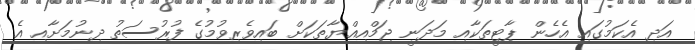
އަދި އެކަމުގައި އެހެން ޕާޓީތަކާއި މަދަނީ ޖަމްއިއްޔާތަކަށް ބައިވެރިވުމުގެ ފުރުސަތު ދިނުމަށާއި އެ